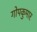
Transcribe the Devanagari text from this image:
गोपकुमार